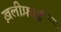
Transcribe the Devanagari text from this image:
ख़लीफ़ाई